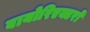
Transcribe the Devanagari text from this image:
बायोरिएक्टरों